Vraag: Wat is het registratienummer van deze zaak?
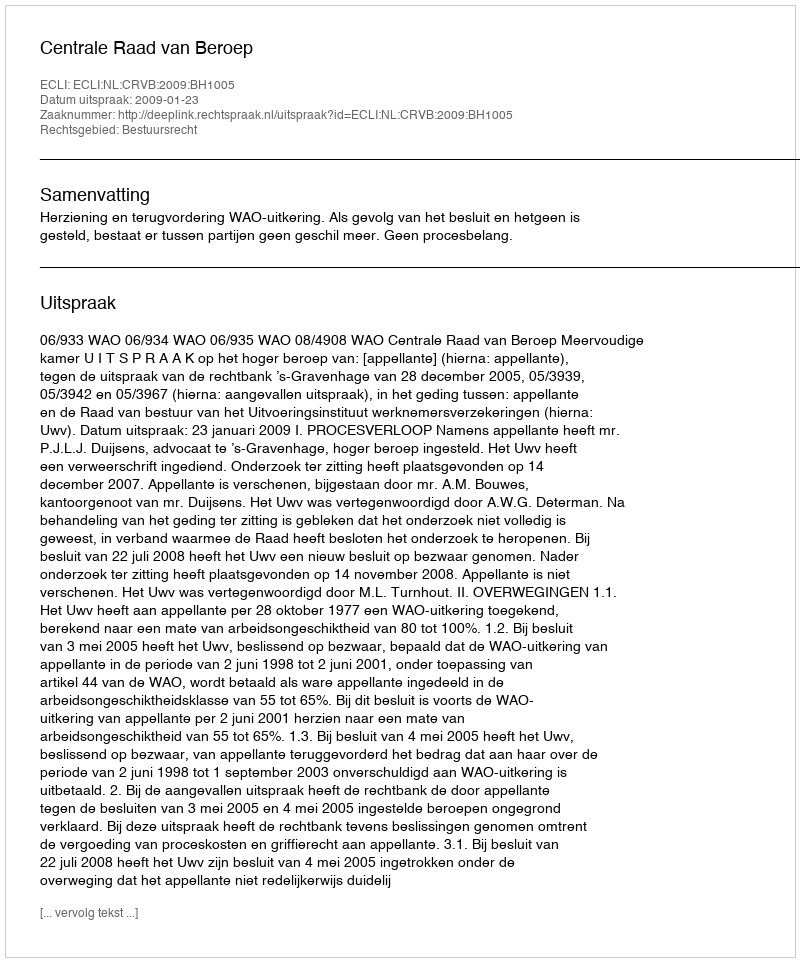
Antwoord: http://deeplink.rechtspraak.nl/uitspraak?id=ECLI:NL:CRVB:2009:BH1005